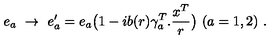
e _ { a } \ \rightarrow \ e _ { a } ^ { \prime } = e _ { a } \big ( 1 - i b ( r ) \gamma _ { a } ^ { T } . \frac { x ^ { T } } { r } \big ) \ ( a = 1 , 2 ) \ .